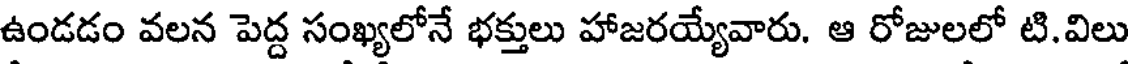
ఉండడం వలన పెద్ద సంఖ్యలోనే భక్తులు హాజరయ్యేవారు. ఆ రోజులలో టి.విలు